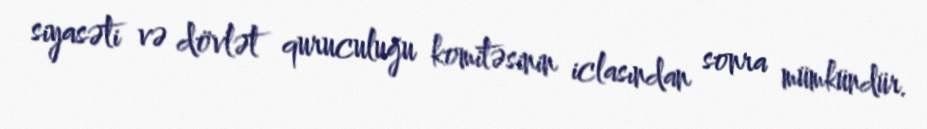
siyasəti və dövlət quruculuğu komitəsinin iclasından sonra mümkündür.